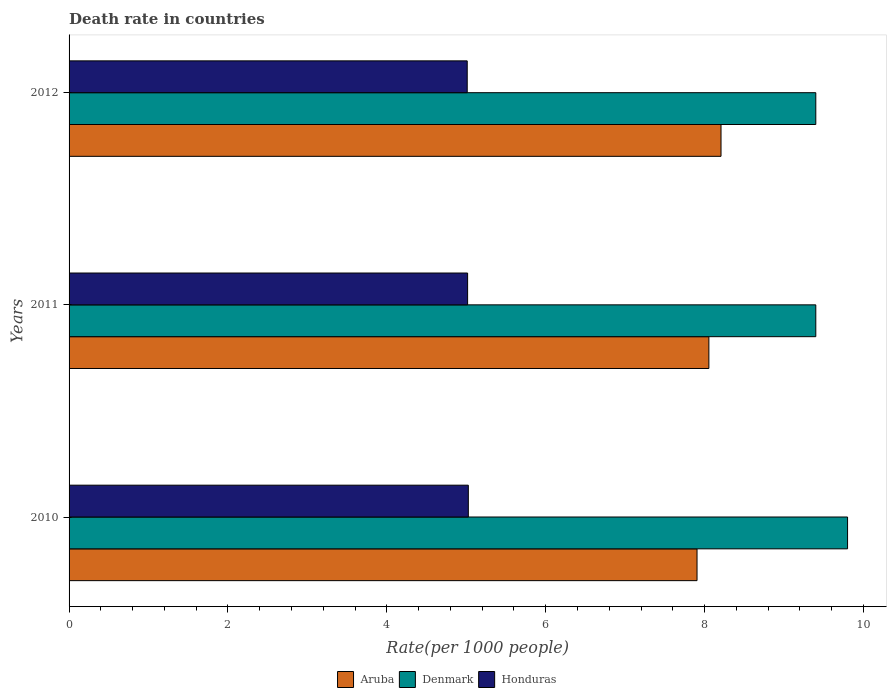
| Years | Aruba | Denmark | Honduras |
 | --- | --- | --- | --- |
 | 2010 | 7.91 | 9.8 | 5.03 |
 | 2011 | 8.05 | 9.4 | 5.02 |
 | 2012 | 8.21 | 9.4 | 5.01 |